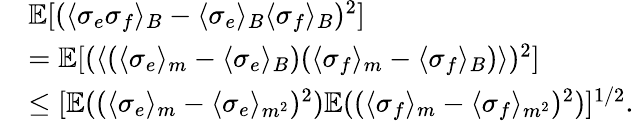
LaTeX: \begin{array}{rl}&{\mathbb{E}[(\langle\sigma_{e}\sigma_{f}\rangle_{B}-\langle\sigma_{e}\rangle_{B}\langle\sigma_{f}\rangle_{B})^{2}]}\\ &{=\mathbb{E}[(\langle(\langle\sigma_{e}\rangle_{m}-\langle\sigma_{e}\rangle_{B})(\langle\sigma_{f}\rangle_{m}-\langle\sigma_{f}\rangle_{B})\rangle)^{2}]}\\ &{\le[\mathbb{E}((\langle\sigma_{e}\rangle_{m}-\langle\sigma_{e}\rangle_{m^{2}})^{2})\mathbb{E}((\langle\sigma_{f}\rangle_{m}-\langle\sigma_{f}\rangle_{m^{2}})^{2})]^{1/2}.}\end{array}